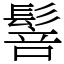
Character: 䯽